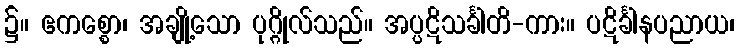
၌။ ဧကစ္စော၊ အချို့သော ပုဂ္ဂိုလ်သည်။ အပ္ပဋိသင်္ခါတိ-ကား။ ပဋိင်္ခါနပညာယ၊